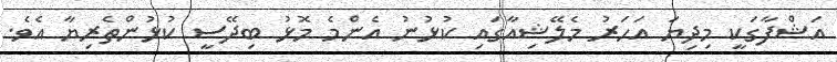
އަޝްފާގަކީ މިދިޔަ އަހަރު މެލޭޝިއާގައި ކުޅުނު އެންމެ މޮޅު ބިދޭސީ ކުޅުންތެރިޔާ އެވެ.